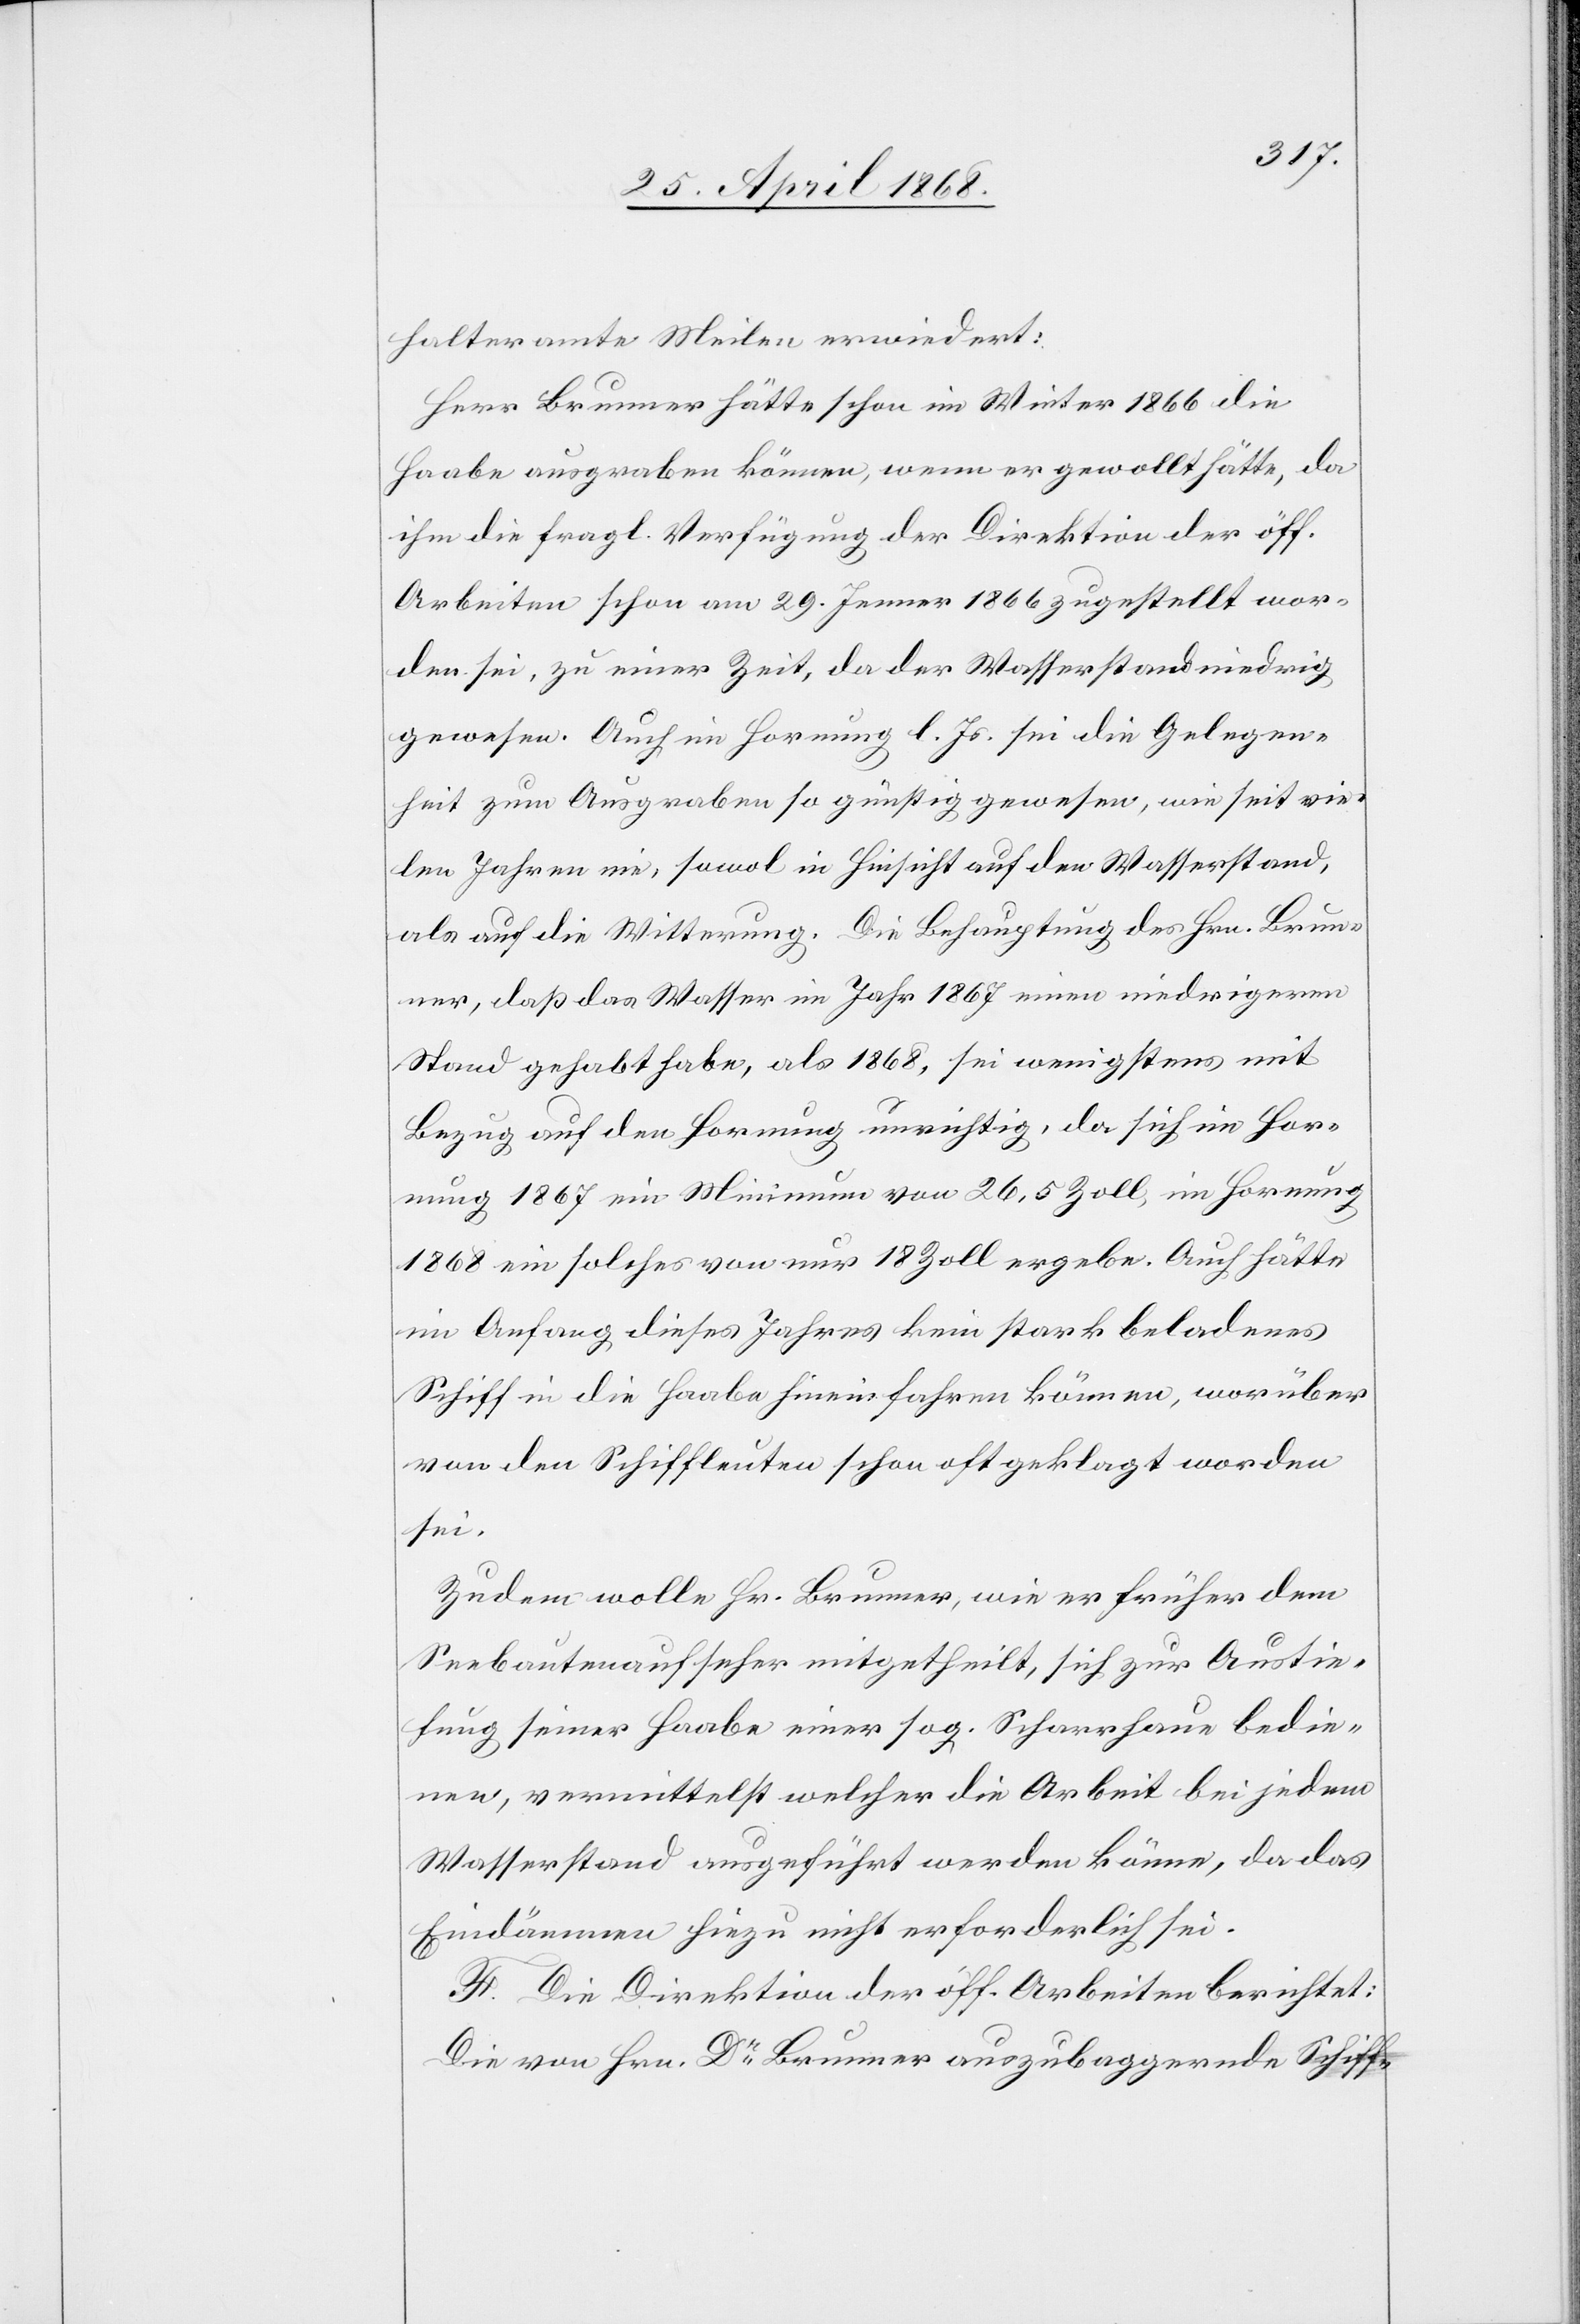
halteramte Meilen erwiedert:
Herr Brunner hätte schon im Winter 1866 die
Haabe ausgraben können, wenn er gewollt hätte, da
ihm die fragl. Verfügung der Direktion der öff.
Arbeiten schon am 29. Jenner 1866 zugestellt wor¬
den sei, zu einer Zeit, da der Wasserstand niedrig
gewesen. Auch im Hornung l. Js. sei die Gelegen¬
heit zum Ausgraben so günstig gewesen, wie seit vie¬
len Jahren nie, sowol in Hinsicht auf den Wasserstand,
als auf die Witterung. Die Behauptung des Hrn. Brun¬
ner, daß das Wasser im Jahr 1867 einen niedrigeren
Stand gehabt habe, als 1868, sei wenigstens mit
Bezug auf den Hornung unrichtig, da sich im Hor¬
nung 1867 ein Minimum von 26,5 Zoll, im Hornung
1868 ein solches von nur 18 Zoll ergebe. Auch hätte
im Anfang dieses Jahres kein stark beladenes
Schiff in die Haabe hineinfahren können, worüber
von den Schiffleuten schon oft geklagt worden
sei.
Zudem wolle Hr. Brunner, wie er früher dem
Seebautenaufseher mitgetheilt, sich zur Austie¬
fung seiner Haabe einer sog. Scharrhaue bedie¬
nen, vermittelst welcher die Arbeit bei jedem
Wasserstand ausgeführt werden könne, da das
Eindämmen hiezu nicht erforderlich sei.
F. Die Direktion der öff. Arbeiten berichtet:
Die von Hrn. Dr. Brunner auszubaggernde Schiff-